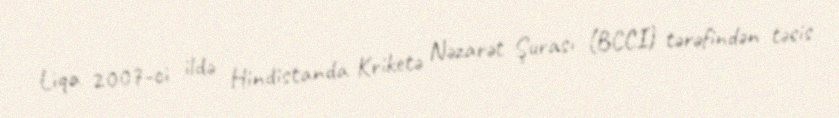
Liqa 2007-ci ildə Hindistanda Kriketə Nəzarət Şurası (BCCI) tərəfindən təsis